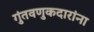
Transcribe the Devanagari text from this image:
गुंतवणुकदारांना